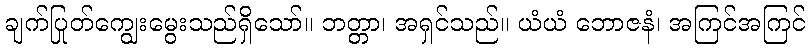
ချက်ပြုတ်ကျွေးမွေးသည်ရှိသော်။ ဘတ္တာ၊ အရှင်သည်။ ယံယံ ဘောဇနံ၊ အကြင်အကြင်